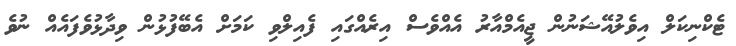
ޓެކްނިކަލް އިވެލުއޭޝަނުން ޖީއެމްއާރު އެއްވެސް އިރެއްގައި ފެއިލްވި ކަމަށް އެބޭފުޅުން ވިދާޅުވެފައެއް ނުވެ